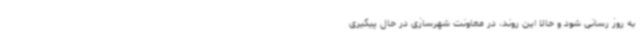
به روز رسانی شود و حالا این روند، در معاونت شهرسازی در حال پیگیری